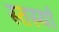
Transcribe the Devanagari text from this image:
स्तस्यां